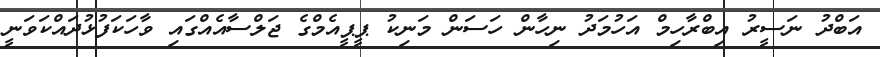
އަބްދު ނަސީރު އިބްރާހިމް އަހުމަދު ނިހާން ހަސަން މަނިކު ޕީޕީއެމްގެ ޖަލްސާއެއްގައި ވާހަކަފުޅުދައްކަވަނީ